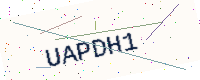
Text: UAPDH1